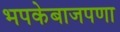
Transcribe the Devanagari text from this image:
भपकेबाजपणा